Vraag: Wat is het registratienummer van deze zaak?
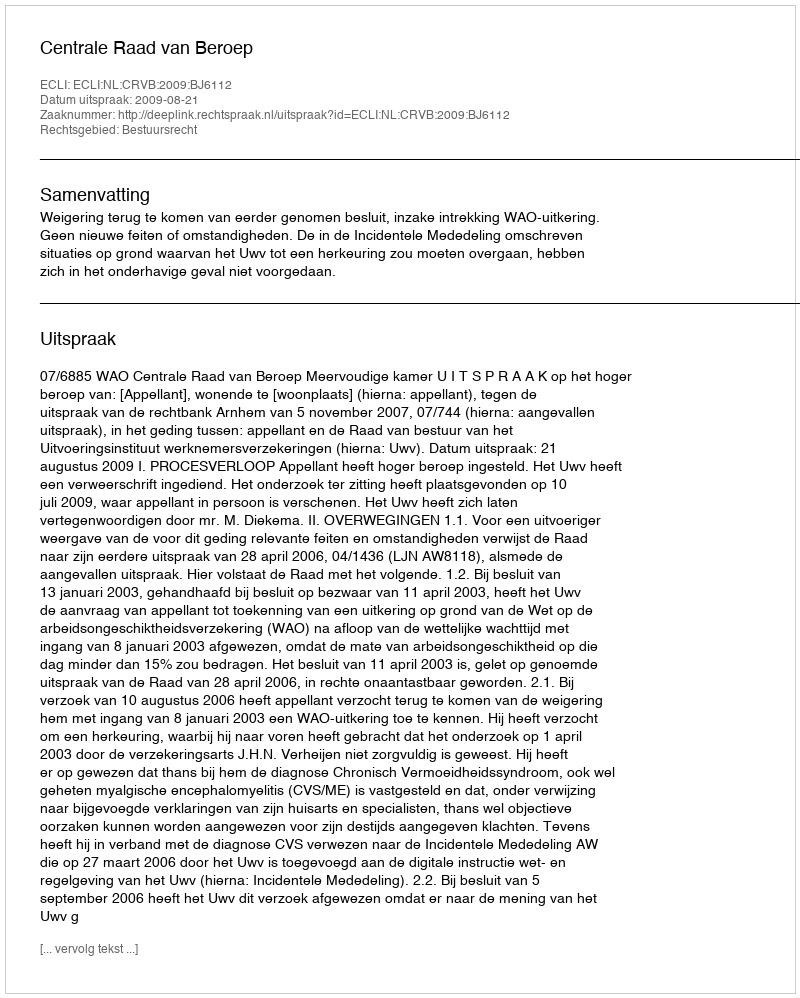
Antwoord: http://deeplink.rechtspraak.nl/uitspraak?id=ECLI:NL:CRVB:2009:BJ6112